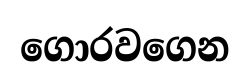
ගොරවගෙන